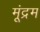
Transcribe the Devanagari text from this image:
मूंद्रम